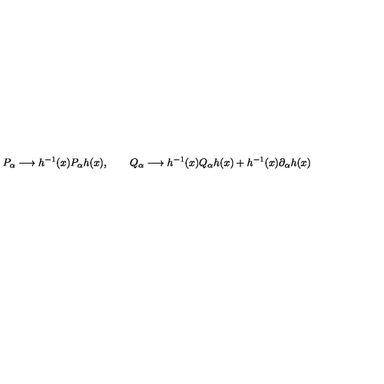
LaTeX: P _ { \alpha } \longrightarrow h ^ { - 1 } ( x ) P _ { \alpha } h ( x ) , \qquad Q _ { \alpha } \longrightarrow h ^ { - 1 } ( x ) Q _ { \alpha } h ( x ) + h ^ { - 1 } ( x ) \partial _ { \alpha } h ( x )